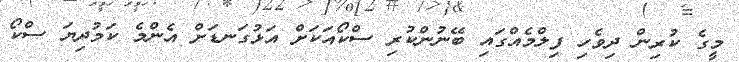
މީގެ ކުރިން ދިވެހި ފިލްމެއްގައި ބޭނުންކުރި ސްކޯއަކަށް އަޅުގަނޑަށް އެންމެ ކަމުދިޔަ ސްކޯ